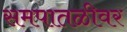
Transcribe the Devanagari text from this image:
समपातळीवर